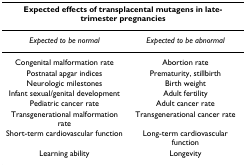
<table><thead><tr><td colspan="2"><b>Expected effects of transplacental mutagens in late-trimester pregnancies</b></td></tr></thead><tbody><tr><td><i>Expected to be normal</i></td><td><i>Expected to be abnormal</i></td></tr><tr><td>Congenital malformation rate</td><td>Abortion rate</td></tr><tr><td>Postnatal apgar indices</td><td>Prematurity, stillbirth</td></tr><tr><td>Neurologic milestones</td><td>Birth weight</td></tr><tr><td>Infant sexual/genital development</td><td>Adult fertility</td></tr><tr><td>Pediatric cancer rate</td><td>Adult cancer rate</td></tr><tr><td>Transgenerational malformation rate</td><td>Transgenerational cancer rate</td></tr><tr><td>Short-term cardiovascular function</td><td>Long-term cardiovascular function</td></tr><tr><td>Learning ability</td><td>Longevity</td></tr></tbody></table>